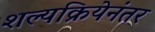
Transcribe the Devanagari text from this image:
शल्यक्रियेनंतर